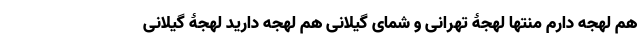
هم لهجه دارم منتها لهجۀ تهرانی و شمای گیلانی هم لهجه دارید لهجۀ گیلانی